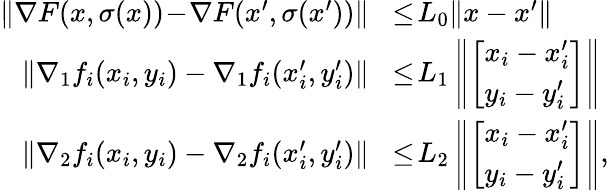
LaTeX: \begin{array}{rl}{\| \nabla F(x,\sigma(x))\! -\! \nabla F(x^{\prime},\sigma(x^{\prime}))\| \! }&{\le\! L_{0}\| x-x^{\prime}\| }\\ {\left\| \nabla_{1}f_{i}(x_{i},y_{i})-\nabla_{1}f_{i}(x_{i}^{\prime},y_{i}^{\prime})\right\| \! }&{\le\! L_{1}\left\| \left[\begin{array}{l}{x_{i}-x_{i}^{\prime}}\\ {y_{i}-y_{i}^{\prime}}\end{array}\right]\right\| }\\ {\| \nabla_{2}f_{i}(x_{i},y_{i})-\nabla_{2}f_{i}(x_{i}^{\prime},y_{i}^{\prime})\| \! }&{\le\! L_{2}\left\| \left[\begin{array}{l}{x_{i}-x_{i}^{\prime}}\\ {y_{i}-y_{i}^{\prime}}\end{array}\right]\right\| ,}\end{array}